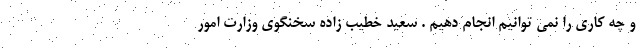
و چه کاری را نمی توانیم انجام دهیم . سعید خطیب زاده سخنگوی وزارت امور